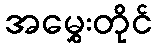
အမွှေးတိုင်